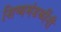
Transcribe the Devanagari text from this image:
शिष्यमंडळींनी